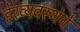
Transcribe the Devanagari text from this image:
हेरव्यवस्थेचे